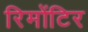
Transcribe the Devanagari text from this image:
रिमोंटिर